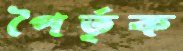
পৈর্তৃক